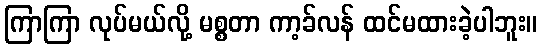
ကြာကြာ လုပ်မယ်လို့ မစ္စတာ ကာ့ခ်လန် ထင်မထားခဲ့ပါဘူး။